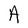
Character: A